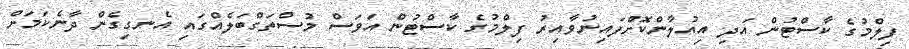
ފިލްމުގެ ކާސްޓުން އަދި އިއުލާންކޮށްފައިނުވާއިރު ފިލްމުގެ ކާސްޓުން އަވަސް މުސްތަގްބަލެއްގައި އެނގިގެން ދާނެކަމަށް